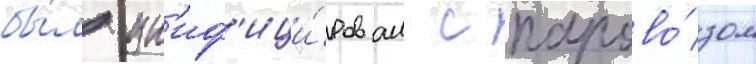
бы́л ун'иф'ици́рован с парово́зом